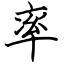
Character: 率